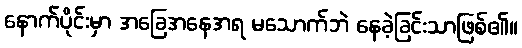
နောက်ပိုင်းမှာ အခြေအနေအရ မသောက်ဘဲ နေခဲ့ခြင်းသာဖြစ်၏။